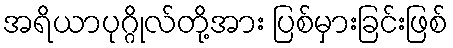
အရိယာပုဂ္ဂိုလ်တို့အား ပြစ်မှားခြင်းဖြစ်